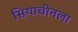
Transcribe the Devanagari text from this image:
सियाचीनला